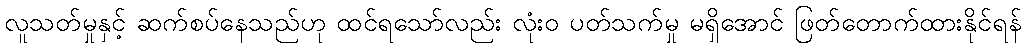
လူသတ်မှုနှင့် ဆက်စပ်နေသည်ဟု ထင်ရသော်လည်း လုံးဝ ပတ်သက်မှု မရှိအောင် ဖြတ်တောက်ထားနိုင်ရန်